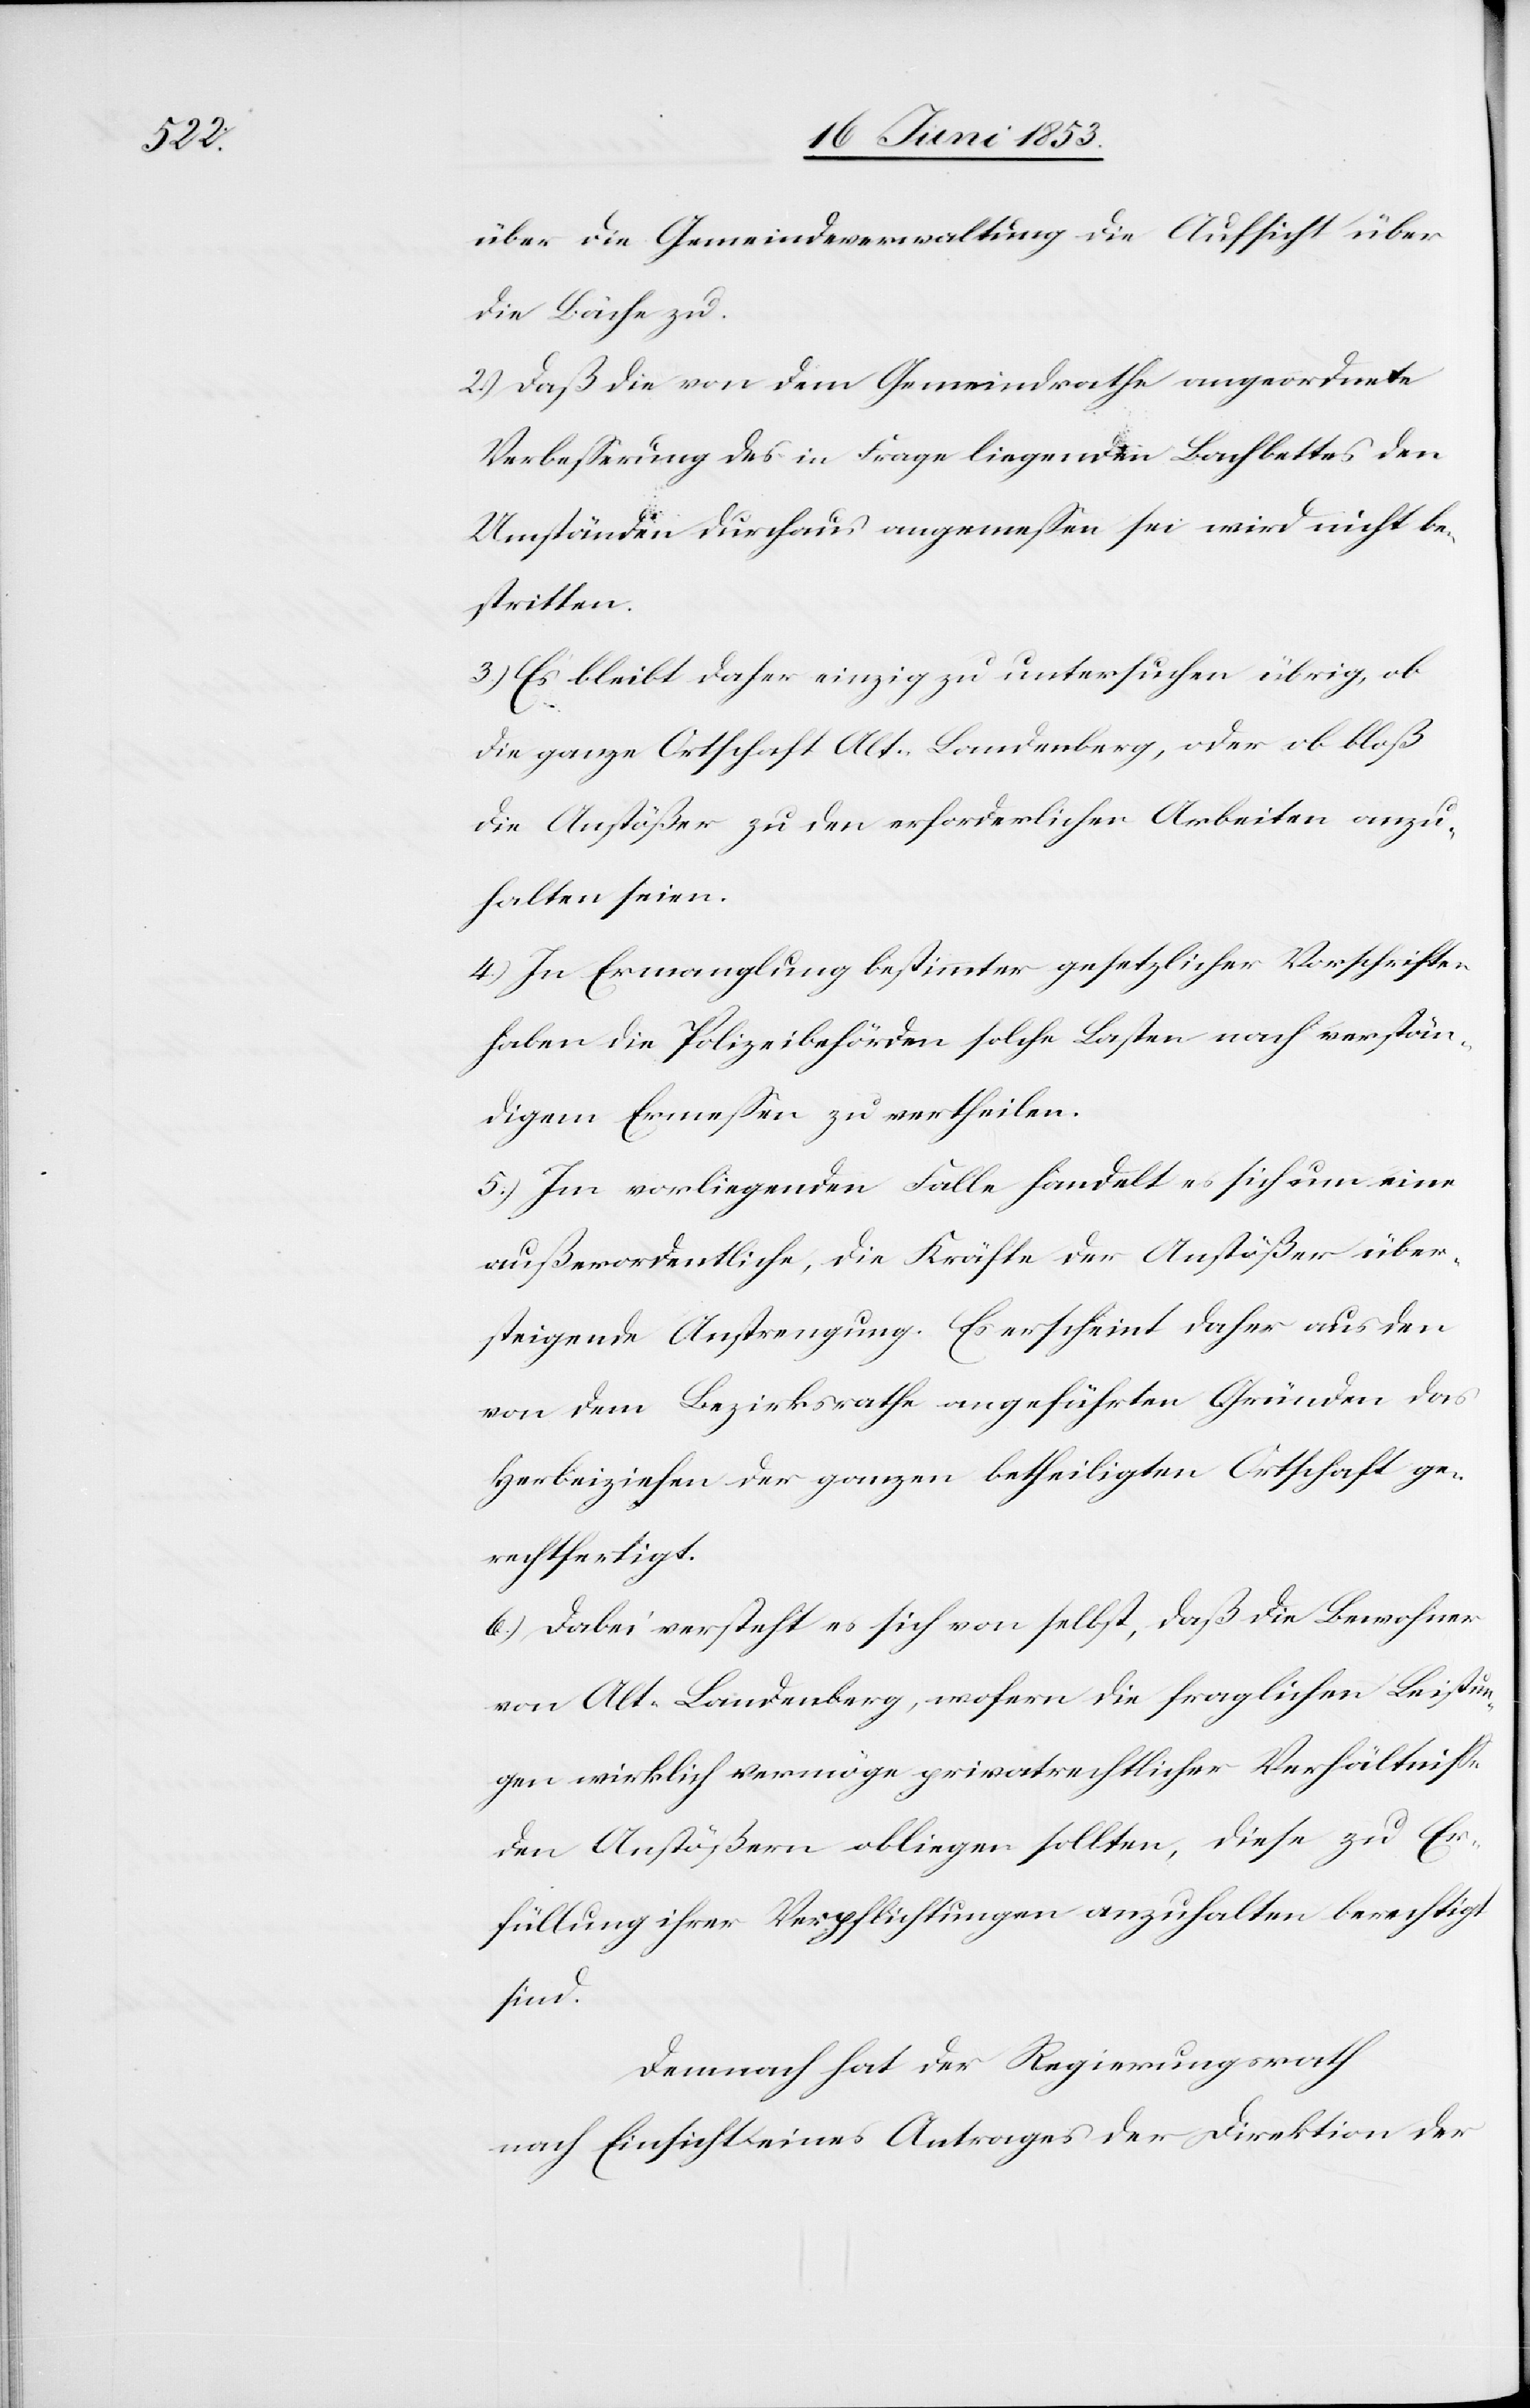
über die Gemeindeverwaltung die Aufsicht über
die Bäche zu.
2) Daß die von dem Gemeindrathe angeordnete
Verbeßerung des in Frage liegenden Bachbettes den
Umständen durchaus angemeßen sei wird nicht be¬
stritten.
3) Es bleibt daher einzig zu untersuchen übrig, ob
die ganz Ortschaft Alt-Landenberg, oder ob bloß
die Anstößer zu den erforderlichen Arbeiten anzu¬
halten seien.
4) In Ermanglung bestimmter gesetzlicher Vorschriften
haben die Polizeibehörden solche Lasten nach verstän¬
digem Ermeßen zu vertheilen.
5) Im vorliegenden Falle handelt es sich um eine
außerordentliche, die Kräfte der Anstößer über¬
steigende Anstrengung. Es erscheint daher aus den
von dem Bezirksrathe angeführten Gründen das
Herbeiziehen der ganzen betheiligten Ortschaft ge¬
rechtfertigt.
6) Dabei versteht es sich von selbst, daß die Bewohner
von Alt-Landenberg, wofern die fraglichen Leistun¬
gen wirklich vermöge privatrechtlicher Verhältniße
den Anstößern obliegen sollten, diese zu Er¬
füllung ihrer Verpflichtungen anzuhalten berechtigt
sind.
Demnach hat der Regierungsrath
nach Einsicht eines Antrages der Direktion der